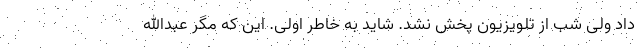
داد ولی شب از تلویزیون پخش نشد. شاید به خاطر اولی. این که مگر عبدالله